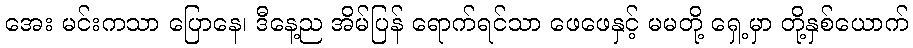
အေး မင်းကသာ ပြောနေ၊ ဒီနေ့ည အိမ်ပြန် ရောက်ရင်သာ ဖေဖေနှင့် မမတို့ ရှေ့မှာ တို့နှစ်ယောက်